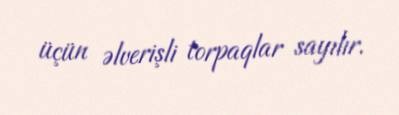
üçün əlverişli torpaqlar sayılır.